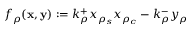
f _ { \rho } ( { \bf x } , { \bf y } ) : = k _ { \rho } ^ { + } x _ { \rho _ { s } } x _ { \rho _ { c } } - k _ { \rho } ^ { - } y _ { \rho }